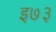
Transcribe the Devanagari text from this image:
इ७३